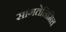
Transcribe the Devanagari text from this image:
सांगतेनिमित्त